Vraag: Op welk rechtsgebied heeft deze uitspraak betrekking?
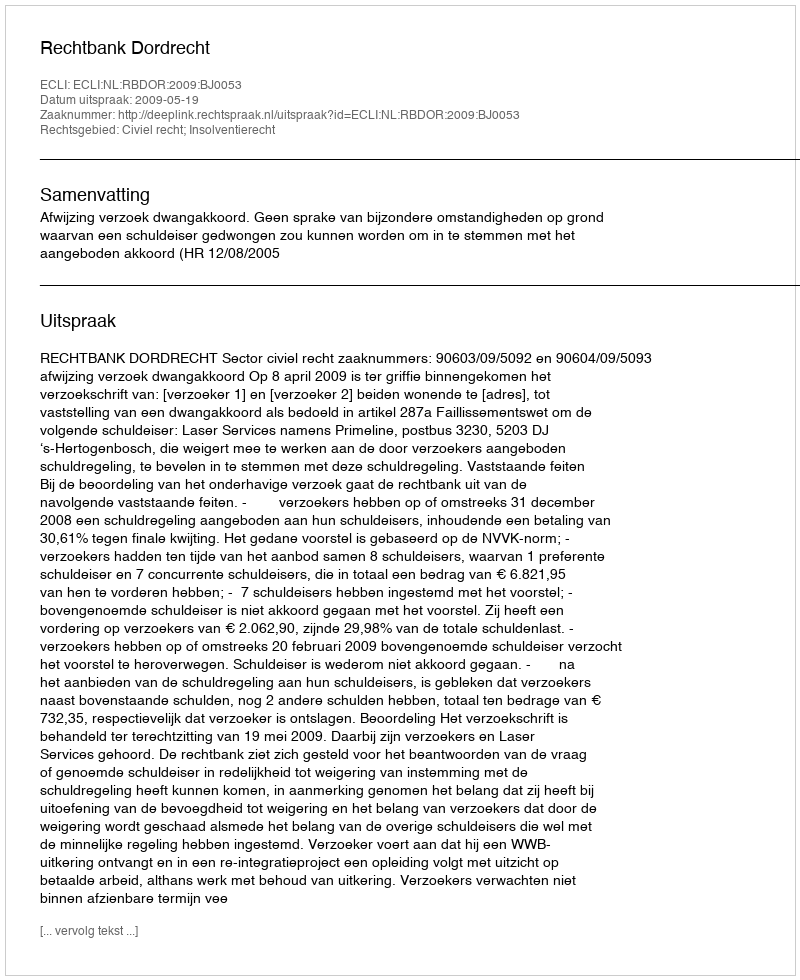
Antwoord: Civiel recht; Insolventierecht